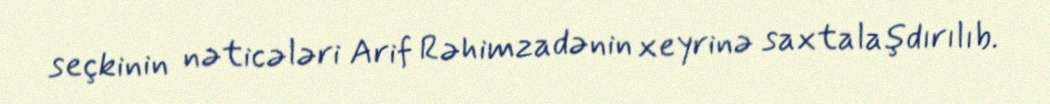
seçkinin nəticələri Arif Rəhimzadənin xeyrinə saxtalaşdırılıb.